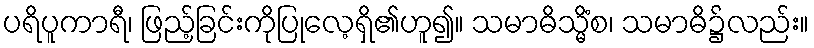
ပရိပူကာရီ၊ ဖြည့်ခြင်းကိုပြုလေ့ရှိ၏ဟူ၍။ သမာဓိသ္မိံစ၊ သမာဓိ၌လည်း။